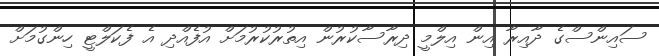
ސައިންސްގެ ދާއިރާ އިން އިލްމީ ދިރާސާކުރުން އިތުރުކުރުމަށް އުފެއްދި އެ ފެކަލްޓީ ހިންގުމަށް